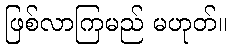
ဖြစ်လာကြမည် မဟုတ်။